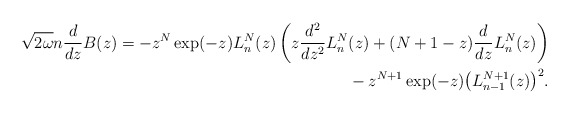
\begin{align*} \sqrt{2\omega }n\frac{d}{dz}B(z) = -z^{N}\exp (-z) L_{n}^{N}(z) \left( z\frac{d^{2}}{dz^{2}}L_{n}^{N} ( z ) + ( N+1-z ) \frac{d}{dz}L_{n}^{N}(z) \right) \\\hphantom{\sqrt{2\omega }n\frac{d}{dz}B(z) =}{}-z^{N+1}\exp (-z) \big( L_{n-1}^{N+1}(z) \big) ^{2}. \end{align*}